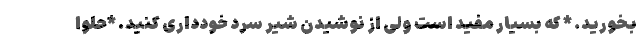
بخورید. * که بسیار مفید است ولی از نوشیدن شیر سرد خودداری کنید. *حلوا